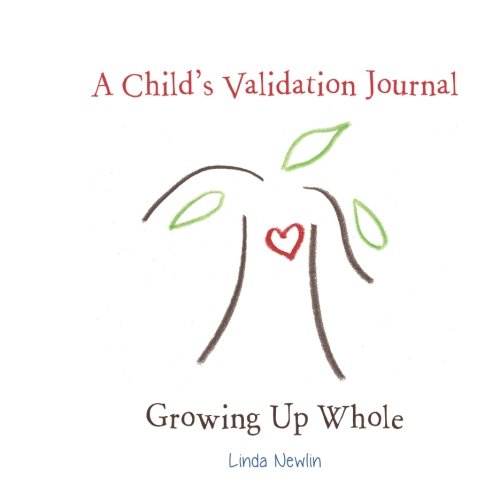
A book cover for A Child's Validation Journal: Growing Up Whole; Linda Newlin; Teen & Young Adult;